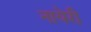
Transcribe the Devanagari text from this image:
नायेरी